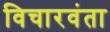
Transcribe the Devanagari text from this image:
विचारवंता